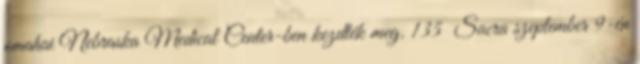
omahai Nebraska Medical Center-ben kezdték meg. 135 Sacra szeptember 9-én